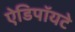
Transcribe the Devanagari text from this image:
ऐडिपॉयटे